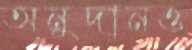
অনুদানও